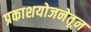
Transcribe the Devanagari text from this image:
प्रकाशयोजनेतून